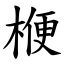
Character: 楩